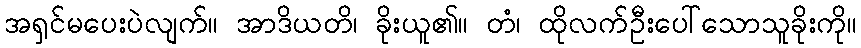
အရှင်မပေးပဲလျက်။ အာဒိယတိ၊ ခိုးယူ၏။ တံ၊ ထိုလက်ဦးပေါ်သောသူခိုးကို။